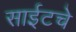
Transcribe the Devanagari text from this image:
साईटचे